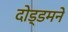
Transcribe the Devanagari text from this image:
दो़ड्डमने